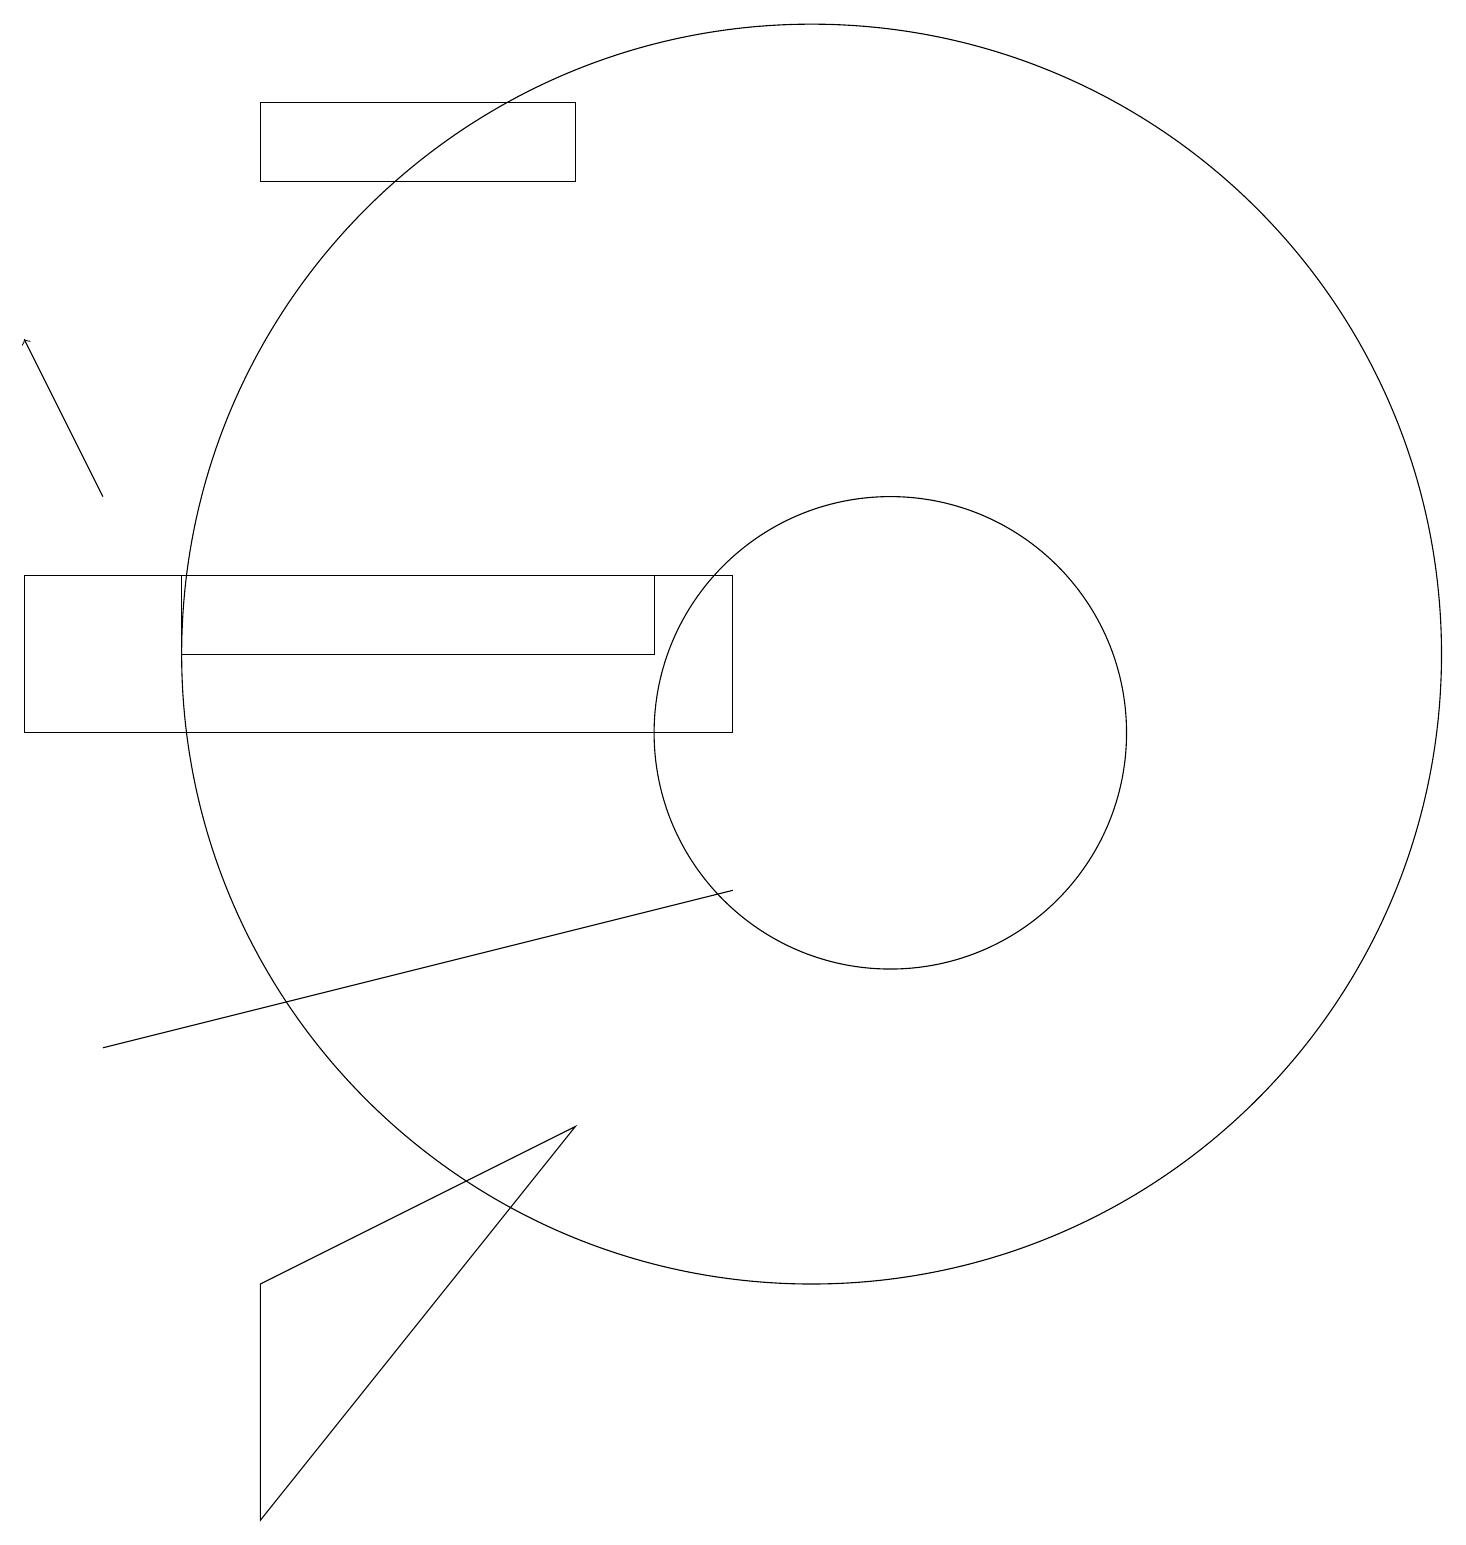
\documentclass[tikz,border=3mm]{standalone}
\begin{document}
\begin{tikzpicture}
\draw (0,13) rectangle (9,11);
\draw[->] (1,14) -- (0,16);
\draw (10,12) circle (8);
\draw (11,11) circle (3);
\draw (7,18) rectangle (3,19);
\draw (7,6) -- (3,1) -- (3,4) -- cycle;
\draw (1,7) -- (9,9) -- (1,7) -- cycle;
\draw (8,12) rectangle (2,13);
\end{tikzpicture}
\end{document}